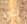
إنها